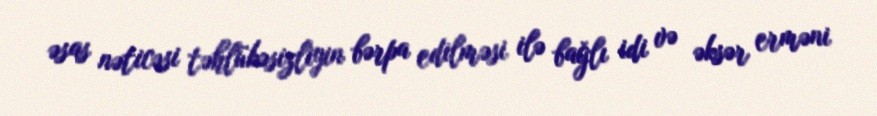
əsas nəticəsi təhlükəsizliyin bərpa edilməsi ilə bağlı idi və əksər erməni